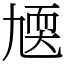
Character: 㐡